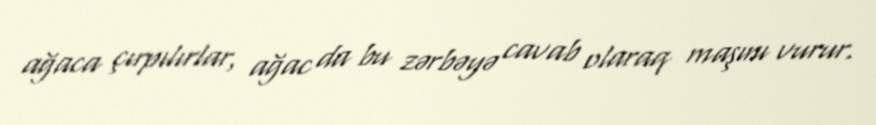
ağaca çırpılırlar, ağac da bu zərbəyə cavab olaraq maşını vurur.